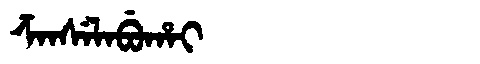
Manchu: ᡯᠠᠨᠰᡝᠯᠠᠪᡠᡥᠠᡳ
Romanization: DZANSELABUHAI